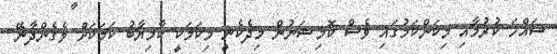
ސައްހަ ކުރުމާއި މިކަންކަމުގައި ވެސް ކޮމިޝަނުން މިދެކެނީ މިކަމަކީ ކާމިޔާބު ކަމަކަށް ވެގެންދާނޭ